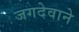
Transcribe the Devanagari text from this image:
जगदेवाने